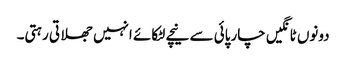
دونوں ٹانگیں چارپائی سے نیچے لٹکائے انہیں جھلاتی رہتی۔